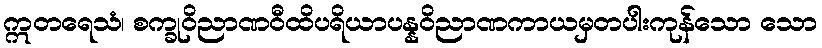
ဣတရေသံ၊ စက္ခုဝိညာဏဝီထိပရိယာပန္နဝိညာဏကာယမှတပါးကုန်သော သော